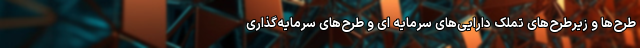
طرح‌ها و زیرطرح‌های تملک دارایی‌های سرمایه ای و طرح‌های سرمایه‌گذاری